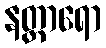
နတ္တာရော